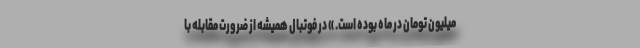
میلیون تومان در ماه بوده است. » در فوتبال همیشه از ضرورت مقابله با